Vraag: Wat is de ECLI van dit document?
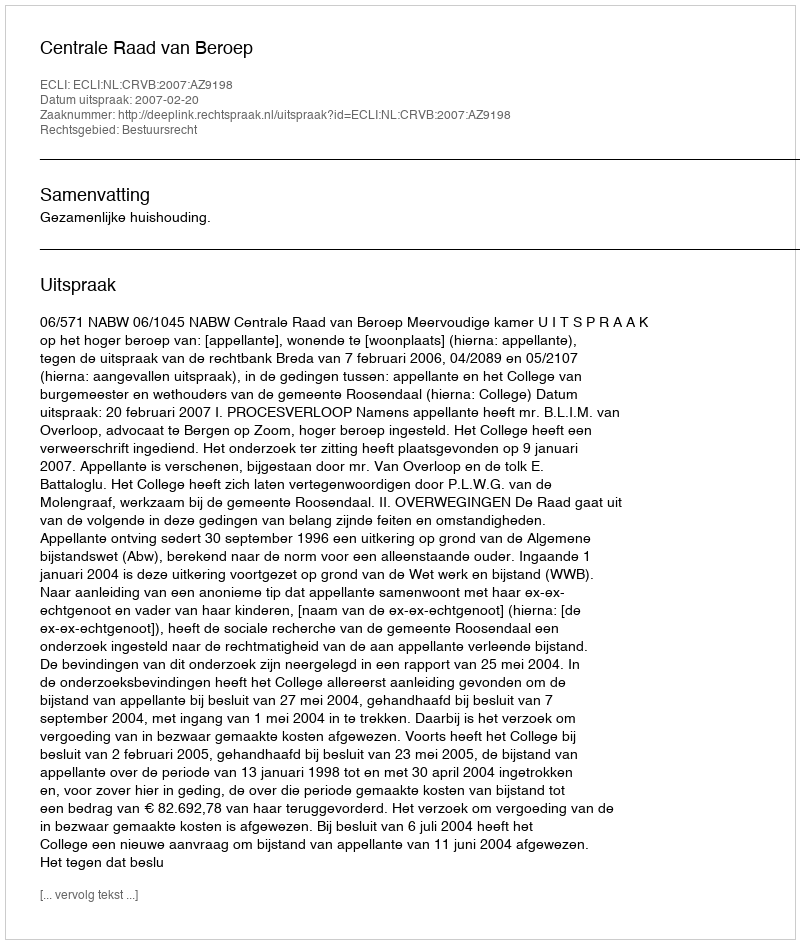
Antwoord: ECLI:NL:CRVB:2007:AZ9198